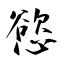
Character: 慾